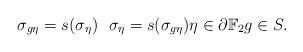
LaTeX: \begin{align*} \ \sigma_{g\eta} =s(\sigma_\eta) \ \ \sigma_{\eta} =s(\sigma_{g\eta}) \eta \in \partial \mathbb{F}_2 g \in S.\end{align*}